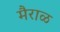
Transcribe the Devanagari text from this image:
मैराळ